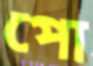
পো